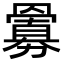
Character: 𮊜